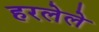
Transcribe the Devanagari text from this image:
हरलेले